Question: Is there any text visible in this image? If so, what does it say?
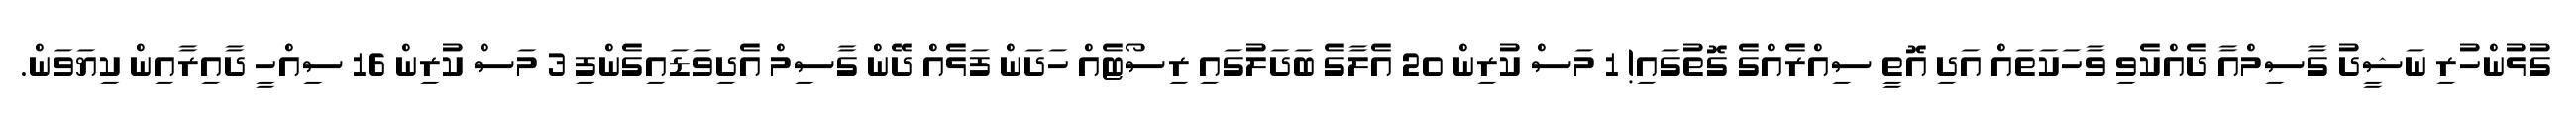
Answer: ގުޅުންހުރި ނަޝީދު ގާސިމްއާ ދެއްކެވި ވާހަކަތައް އަދި އޮތީ ސިއްރެއްގެ ގޮތުގައި! 1 މަސް ކުރިން 20 އެލާގެ ބަދަލުގައި ރިސޯޓެއް ހަދަން ފަޅެއް ދޭން ގާސިމް އެދިވަޑައިގެންފި 3 މަސް ކުރިން 16 ސިއްހީ ދާއިރާއިން ކިޔަވަން.